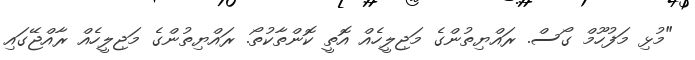
"މުޅި މަފުހޫމް ގޯސް. ރައްޔިތުންގެ މަޖިލީހެއް އޮތީ ކޮންތާކުތޯ. ރައްޔިތުންގެ މަޖިލީހެއް ރާއްޖޭގައި